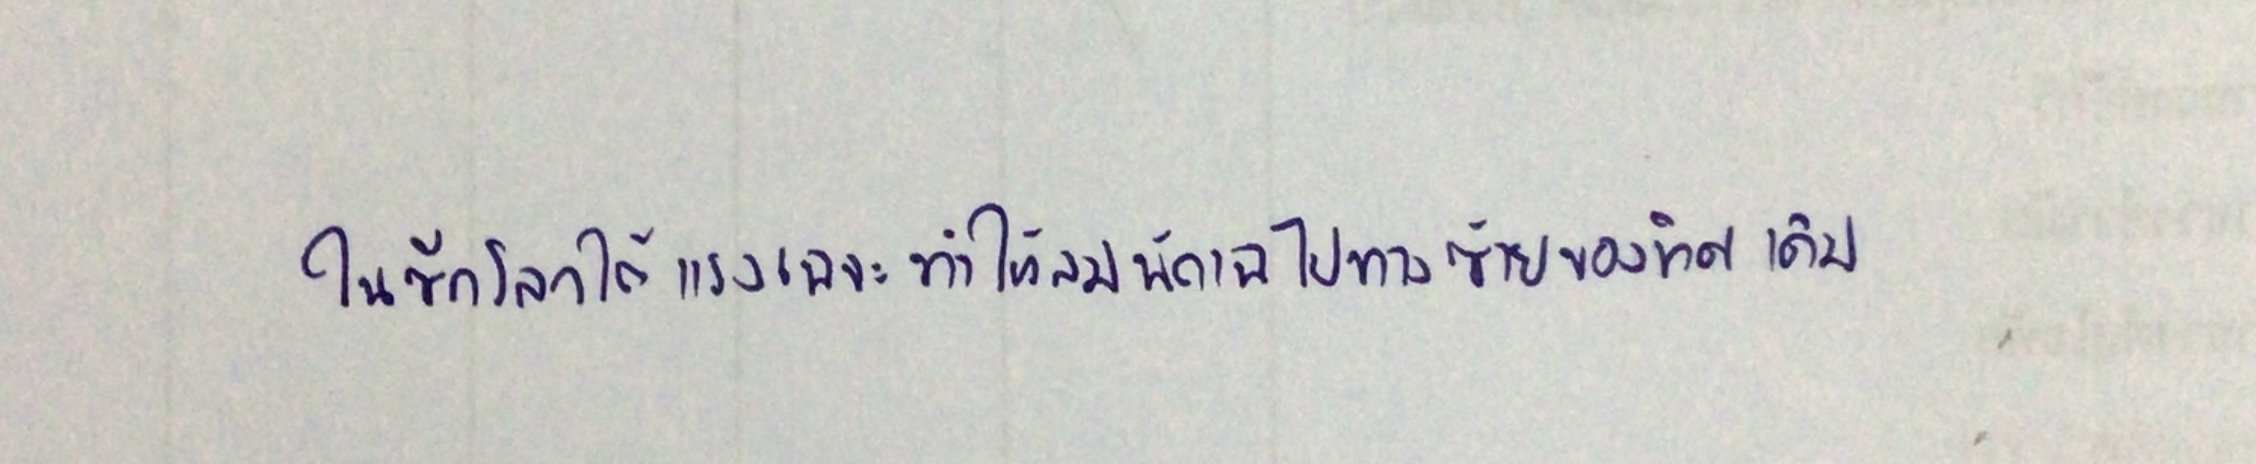
ในซีกโลกใต้แรงเฉจะทำให้ลมพัดเฉไปทางซ้ายของทิศเดิม